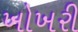
ખોખરી